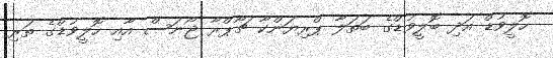
ހޮލީވުޑް އަދި ބޮލީވުޑްގެ ބަތަލާ ޕްރިޔަންކާ ޗޯޕްރާ ޖޯނަސް އާއި ހޮލީވުޑްގެ ތަރި